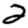
Digit: 2